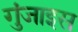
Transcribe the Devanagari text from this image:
गुंजाइस